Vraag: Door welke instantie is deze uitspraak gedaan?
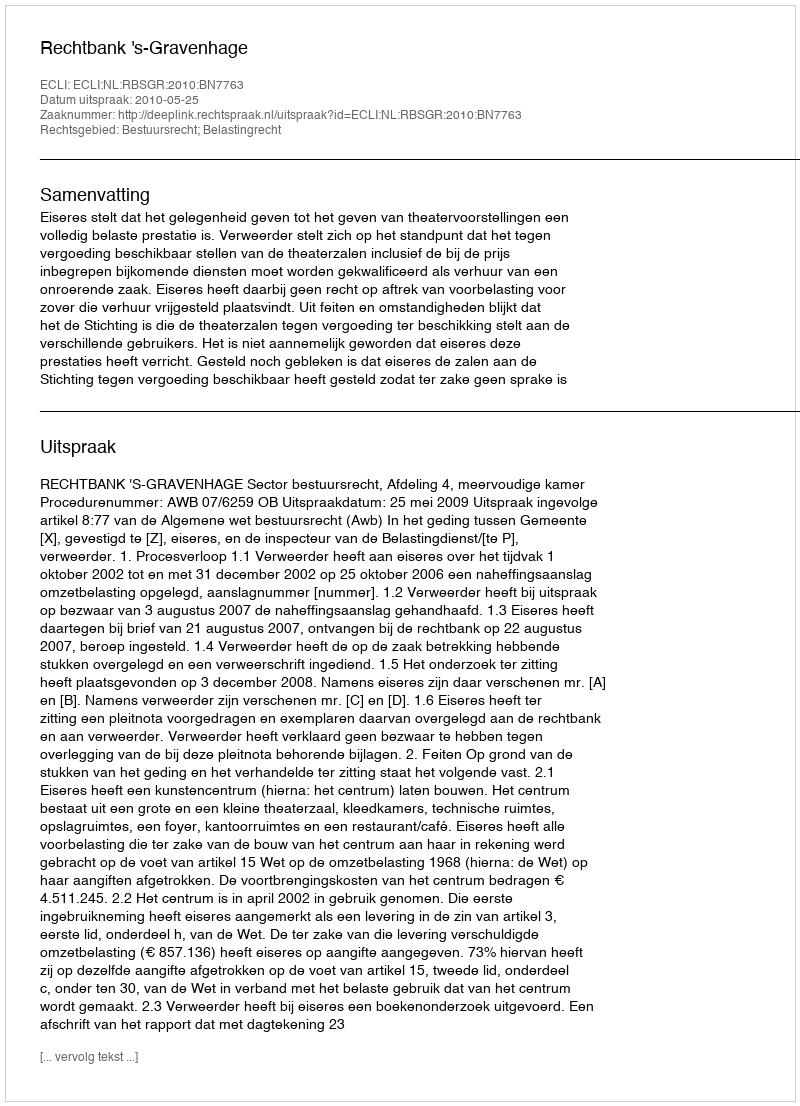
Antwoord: Rechtbank 's-Gravenhage